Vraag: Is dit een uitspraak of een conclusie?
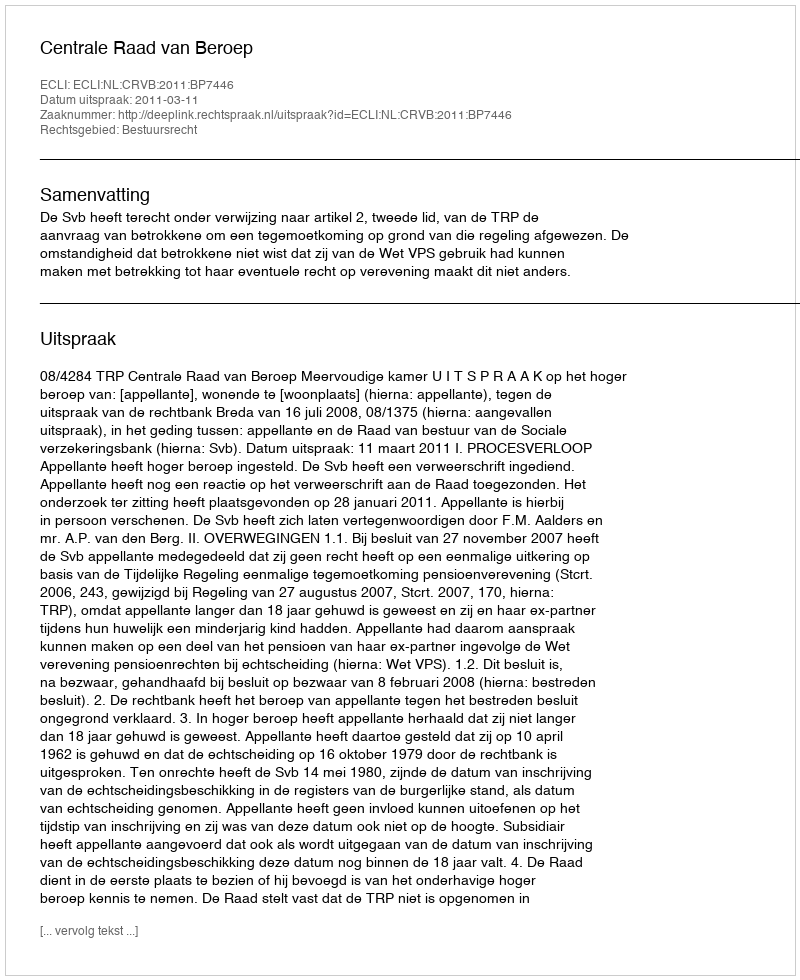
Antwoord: Uitspraak